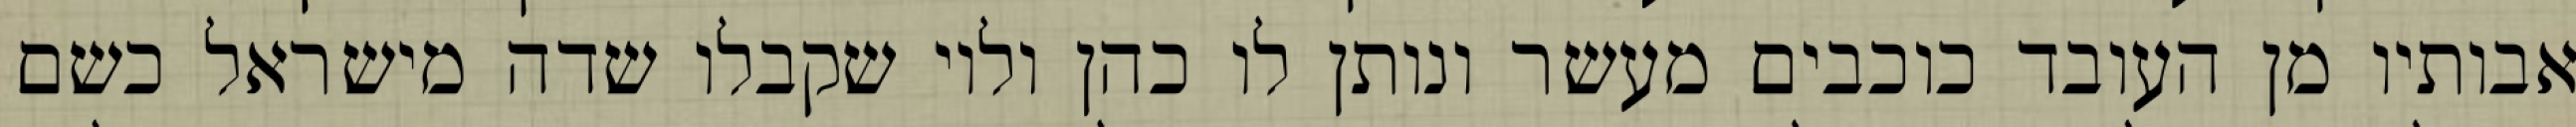
אבותיו מן העובד כוכבים מעשר ונותן לו כהן ולוי שקבלו שדה מישראל כשם